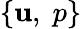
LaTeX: \{ \boldsymbol{\mathbf{u}},\; p\}